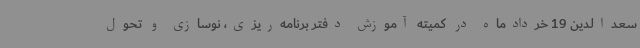
سعدالدین 19 خردادماه در کمیته آموزش دفتر برنامه‌ریزی، نوسازی و تحول